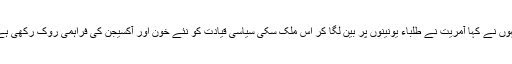
انہوں نے کہا آمریت نے طلباء یونینوں پر بین لگا کر اس ملک سکی سیاسی قیادت کو نئے خون اور آکسیجن کی فراہمی روک رکھی ہے۔